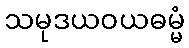
သမုဒယဝယဓမ္မံ